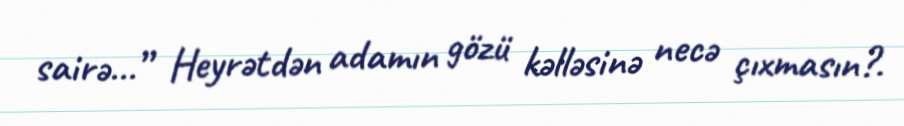
sairə...” Heyrətdən adamın gözü kəlləsinə necə çıxmasın?.